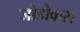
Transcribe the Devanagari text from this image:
जोडोकस